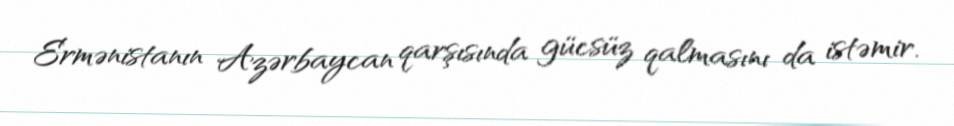
Ermənistanın Azərbaycan qarşısında gücsüz qalmasını da istəmir.